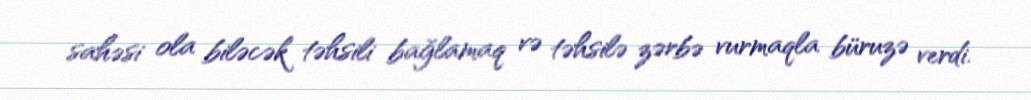
sahəsi ola biləcək təhsili bağlamaq və təhsilə zərbə vurmaqla büruzə verdi.